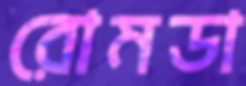
রোমডা